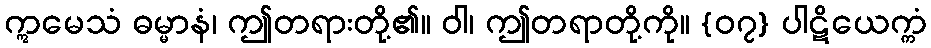
ဣမေသံ ဓမ္မာနံ၊ ဤတရားတို့၏။ ဝါ၊ ဤတရာတို့ကို။ {၀၇} ပါဋိယေက္ကံ